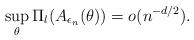
LaTeX: \begin{align*}\sup_{\theta}\Pi_{l}(A_{\epsilon_{n}}(\theta))=o(n^{-d/2}) .\end{align*}